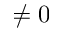
\ne 0